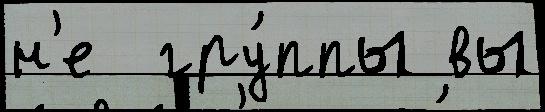
н'е  гру́ппы вы